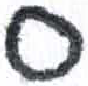
אות: ס